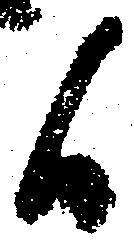
候